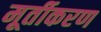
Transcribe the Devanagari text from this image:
मूर्तीकरण